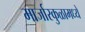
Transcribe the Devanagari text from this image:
मार्जारकुळामध्ये